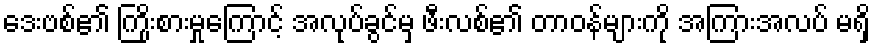
ဒေးဗစ်၏ ကြိုးစားမှုကြောင့် အလုပ်ခွင်မှ ဖီးလစ်၏ တာဝန်များကို အကြားအလပ် မရှိ